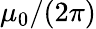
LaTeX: \mu_{0}/(2\pi)